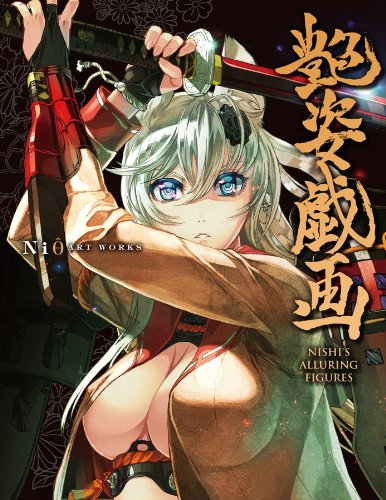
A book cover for Ni0 Art Works: Nishi's Alluring Figures; Arts & Photography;